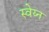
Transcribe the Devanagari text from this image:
स्वेय्न